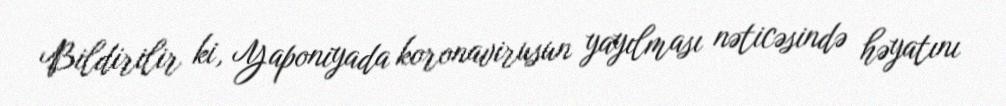
Bildirilir ki, Yaponiyada koronavirusun yayılması nəticəsində həyatını